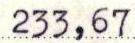
233,67